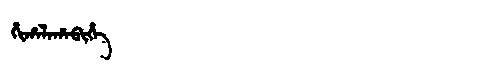
Manchu: ᡥᡳᡥᠠᠯᠠᡥᠠᠪᡳᡥᡝ
Romanization: HIHALAHABIHE